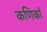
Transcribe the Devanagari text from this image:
कणिर्का